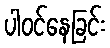
ပါဝင်နေခြင်း